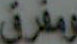
ومفرق